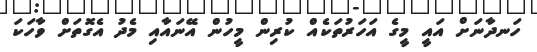
ހަނދާނަށް އައީ މީގެ އަހަރުތަކެއް ކުރިން މީހުން އޭނައާއި މެދު އެގޮތަށް ވާހަކަ